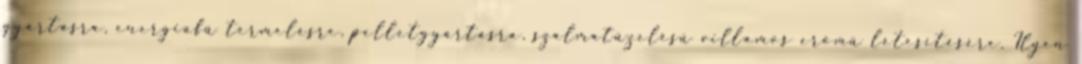
gyártásra, energiafû termelésre, pelletgyártásra, szalmatüzelésû villamos erõmû létesítésére. Ilyen